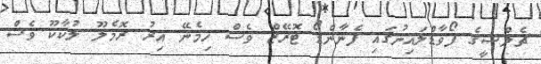
ޗެލްސީގެ ފޯވާޑްލައިނުގައި ފެނާންޑޯ ޓޮރޭޒް ވެސް ހިމެނޭ އިރު ރޮމެލޫ ލުކާކޫ ވެސް